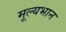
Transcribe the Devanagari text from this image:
मूल्यभान